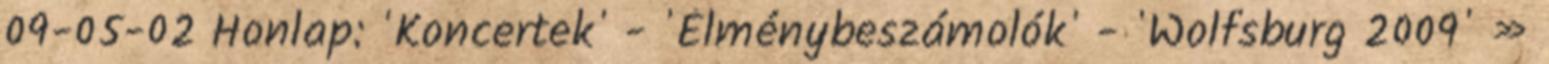
09-05-02 Honlap: 'Koncertek' - 'Élménybeszámolók' - 'Wolfsburg 2009' »